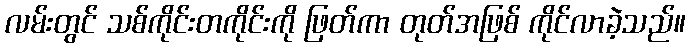
လမ်းတွင် သစ်ကိုင်းတကိုင်းကို ဖြတ်ကာ တုတ်အဖြစ် ကိုင်လာခဲ့သည်။